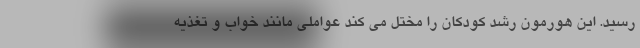
رسید. این هورمون رشد کودکان را مختل می کند عواملی مانند خواب و تغذیه